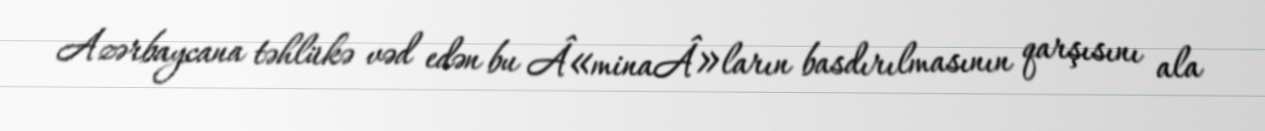
Azərbaycana təhlükə vəd edən bu Â«minaÂ»ların basdırılmasının qarşısını ala